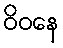
ဝိဝနေ